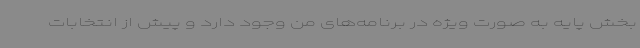
بخش پایه به صورت ویژه در برنامه‌های من وجود دارد و پیش از انتخابات